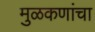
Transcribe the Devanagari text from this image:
मुळकणांचा